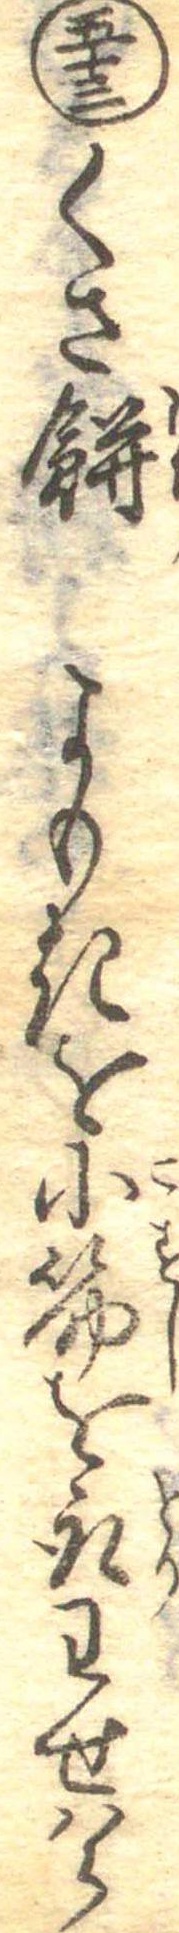
五十三くさ餅よもきを小筋を取わせはら